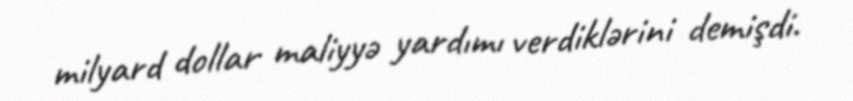
milyard dollar maliyyə yardımı verdiklərini demişdi.